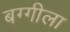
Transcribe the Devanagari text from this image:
बग्गीला